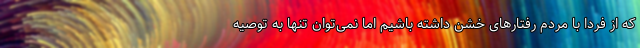
که از فردا با مردم رفتارهای خشن داشته باشیم اما نمی‌توان تنها به توصیه